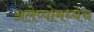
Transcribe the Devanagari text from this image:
अलेप्पोमध्येच